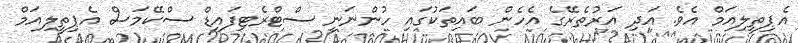
އެޕިތީލިއަމް އެވެ. އަދި އަރުތެރޭގެ އެހެން ބައިތަކުގައި ހުންނަނީ ސްޓްރެޓިފައިޑް ސްކޭމަސް އެޕިތީލިއަމް